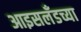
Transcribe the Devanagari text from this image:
आइसलँडच्या